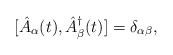
\begin{align*}[ \hat{A}_{\alpha} (t), \hat{A}^{\dagger}_{\beta} (t)] =\delta_{\alpha \beta},\end{align*}